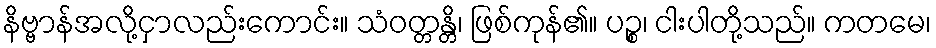
နိဗ္ဗာန်အလို့ငှာလည်းကောင်း။ သံဝတ္တန္တိ၊ ဖြစ်ကုန်၏။ ပဉ္စ၊ ငါးပါတို့သည်။ ကတမေ၊